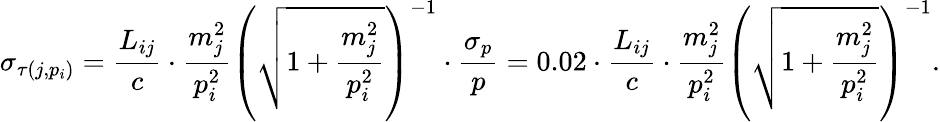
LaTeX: \sigma_{\tau(j,p_{i})}=\frac{L_{ij}}{c}\cdot\frac{m_{j}^{2}}{p_{i}^{2}}\left(\sqrt{1+\frac{m_{j}^{2}}{p_{i}^{2}}}\right)^{-1}\cdot\frac{\sigma_{p}}{p}=0.02\cdot\frac{L_{ij}}{c}\cdot\frac{m_{j}^{2}}{p_{i}^{2}}\left(\sqrt{1+\frac{m_{j}^{2}}{p_{i}^{2}}}\right)^{-1}.